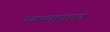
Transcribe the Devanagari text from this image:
ध्वस्तहालत